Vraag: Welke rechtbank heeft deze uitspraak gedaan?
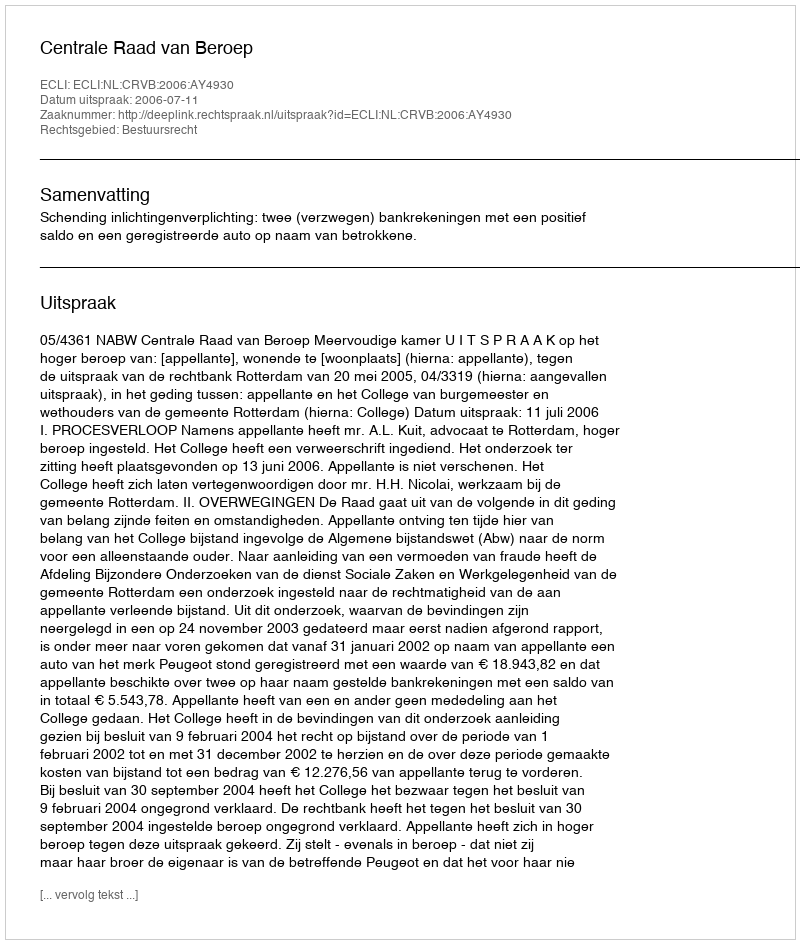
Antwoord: Centrale Raad van Beroep